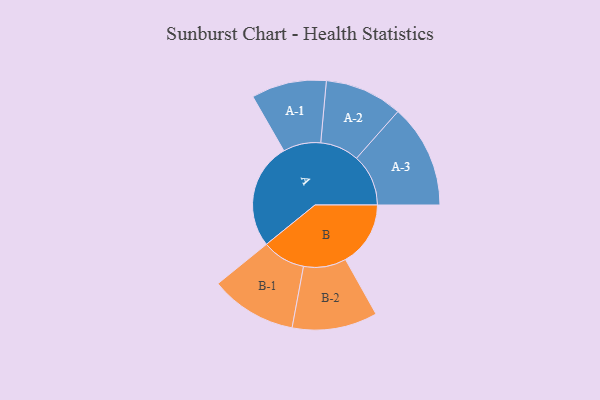
{"axis": {"x": "Segment", "y": "Value"}, "legend": ["", "A", "B"], "data": [{"x": "A", "y": 483, "type": ""}, {"x": "B", "y": 296, "type": ""}, {"x": "A-1", "y": 171, "type": "A"}, {"x": "A-2", "y": 177, "type": "A"}, {"x": "A-3", "y": 236, "type": "A"}, {"x": "B-1", "y": 197, "type": "B"}, {"x": "B-2", "y": 194, "type": "B"}]}